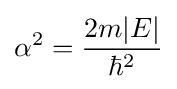
\alpha ^{2}={2m|E| \over \hbar ^{2}}